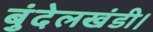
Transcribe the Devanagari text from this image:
बुंदेलखंडी।